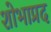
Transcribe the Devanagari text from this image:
शोभाप्रद